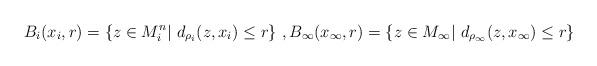
LaTeX: \begin{align*}B_i(x_{i}, r)= \{z\in M_i^n|\ d_{\rho_i}(z, x_i)\leq r\}\ , B_{\infty}(x_{\infty}, r) = \{z\in M_{\infty}|\ d_{\rho_{\infty}}(z, x_{\infty})\leq r\} \end{align*}